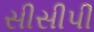
સીસીપી